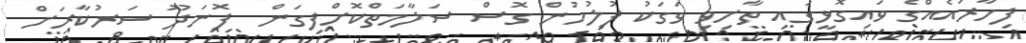
ފިހާރައެއްގެ ވައިގޮޅީގައި ތާށިވި ވަގަކު ފުލުހުން ގޮސް ސަލާމަތްކޮށްފިގަން  ފޮނަދޫ ސަރުކާރަށް